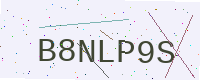
Text: B8NLP9S